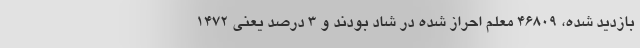
بازدید شده، ۴۶۸۰۹ معلم احراز شده در شاد بودند و ۳ درصد یعنی ۱۴۷۲